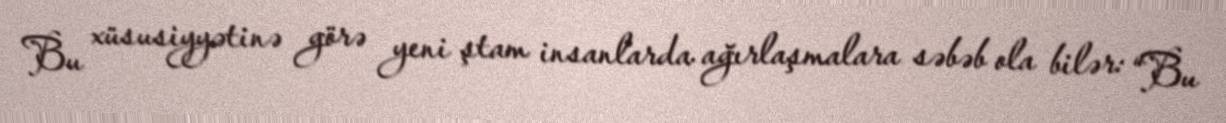
Bu xüsusiyyətinə görə yeni ştam insanlarda ağırlaşmalara səbəb ola bilər: “Bu